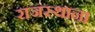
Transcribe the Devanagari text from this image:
राजस्थान।